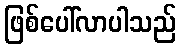
ဖြစ်ပေါ်လာပါသည်